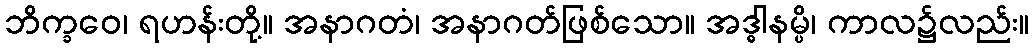
ဘိက္ခဝေ၊ ရဟန်းတို့။ အနာဂတံ၊ အနာဂတ်ဖြစ်သော။ အဒ္ဓါနမ္ပိ၊ ကာလ၌လည်း။